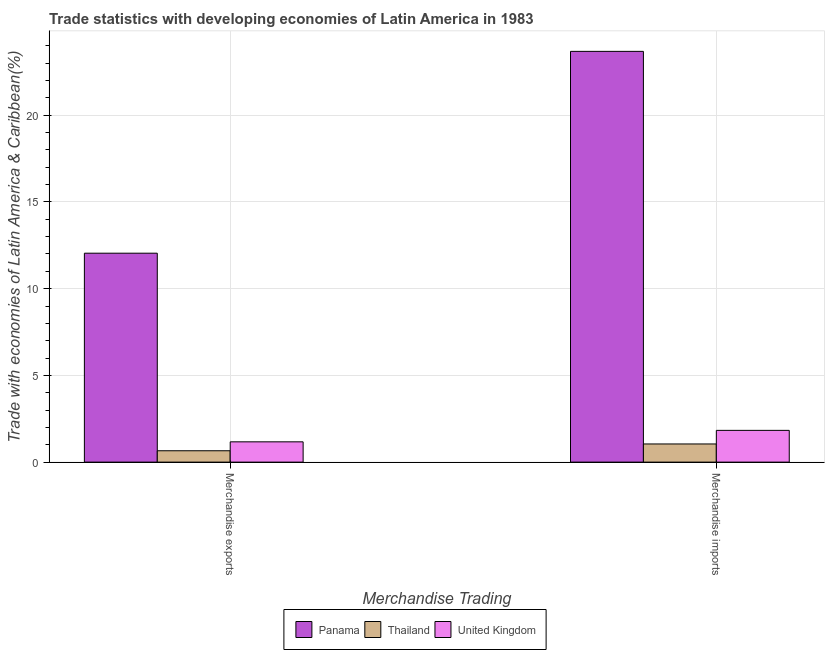
| Merchandise Trading | Panama | Thailand | United Kingdom |
 | --- | --- | --- | --- |
 | Merchandise exports | 12 | 0.655 | 1.17 |
 | Merchandise imports | 23.7 | 1.05 | 1.83 |